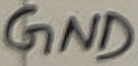
Text: GND